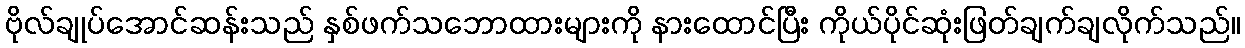
ဗိုလ်ချုပ်အောင်ဆန်းသည် နှစ်ဖက်သဘောထားများကို နားထောင်ပြီး ကိုယ်ပိုင်ဆုံးဖြတ်ချက်ချလိုက်သည်။